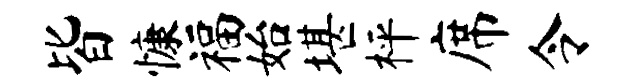
皆慷福始堪枰席令